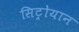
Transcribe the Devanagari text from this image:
सिट्रोयान